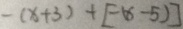
- ( x + 3 ) + [ - ( x - 5 ) ]